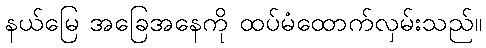
နယ်မြေ အခြေအနေကို ထပ်မံထောက်လှမ်းသည်။